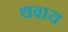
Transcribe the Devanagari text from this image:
थवाय